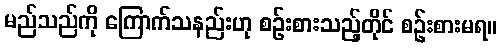
မည်သည်ကို ကြောက်သနည်းဟု စဉ်းစားသည့်တိုင် စဉ်းစားမရ။